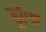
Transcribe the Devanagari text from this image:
ड्रॉफ